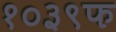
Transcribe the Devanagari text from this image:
१०३९फ